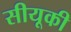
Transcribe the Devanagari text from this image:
सीयूकी